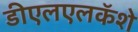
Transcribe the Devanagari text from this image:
डीएलएलकॅशे